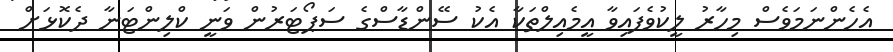
އެހެންނަމަވެސް މިހާރު ލީކުވެފައިވާ އީމެއިލްތަކާ އެކު ސޭންޑާސްގެ ސަޕޯޓަރުން ވަނީ ކްލިންޓަނާ ދެކޮޅަށް